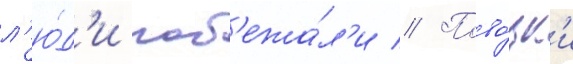
л'ю́д'и поб'ежа́л'и // Пово́зк'и